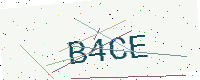
Text: B4CE